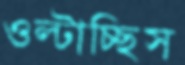
ওল্‌টাচ্ছিস